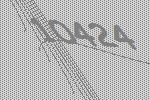
10424